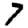
Digit: 7